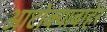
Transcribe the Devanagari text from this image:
आटोक्याबाहेर